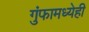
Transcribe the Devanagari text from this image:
गुंफामध्येही